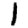
Digit: 1